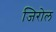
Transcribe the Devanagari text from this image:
जिरोल